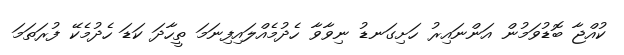
ކުއްޖާ ބޮޑުވަމުން އަންނައިރު ހަށިގަނޑު ނިވާވާ ހެދުމެއްލައިފިނަމަ ތީހާދަ ކަޑަ ހެދުމެކޭ ފުރަތަމަ